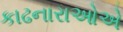
કાઢનારાઓએ